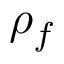
\rho _ { f }